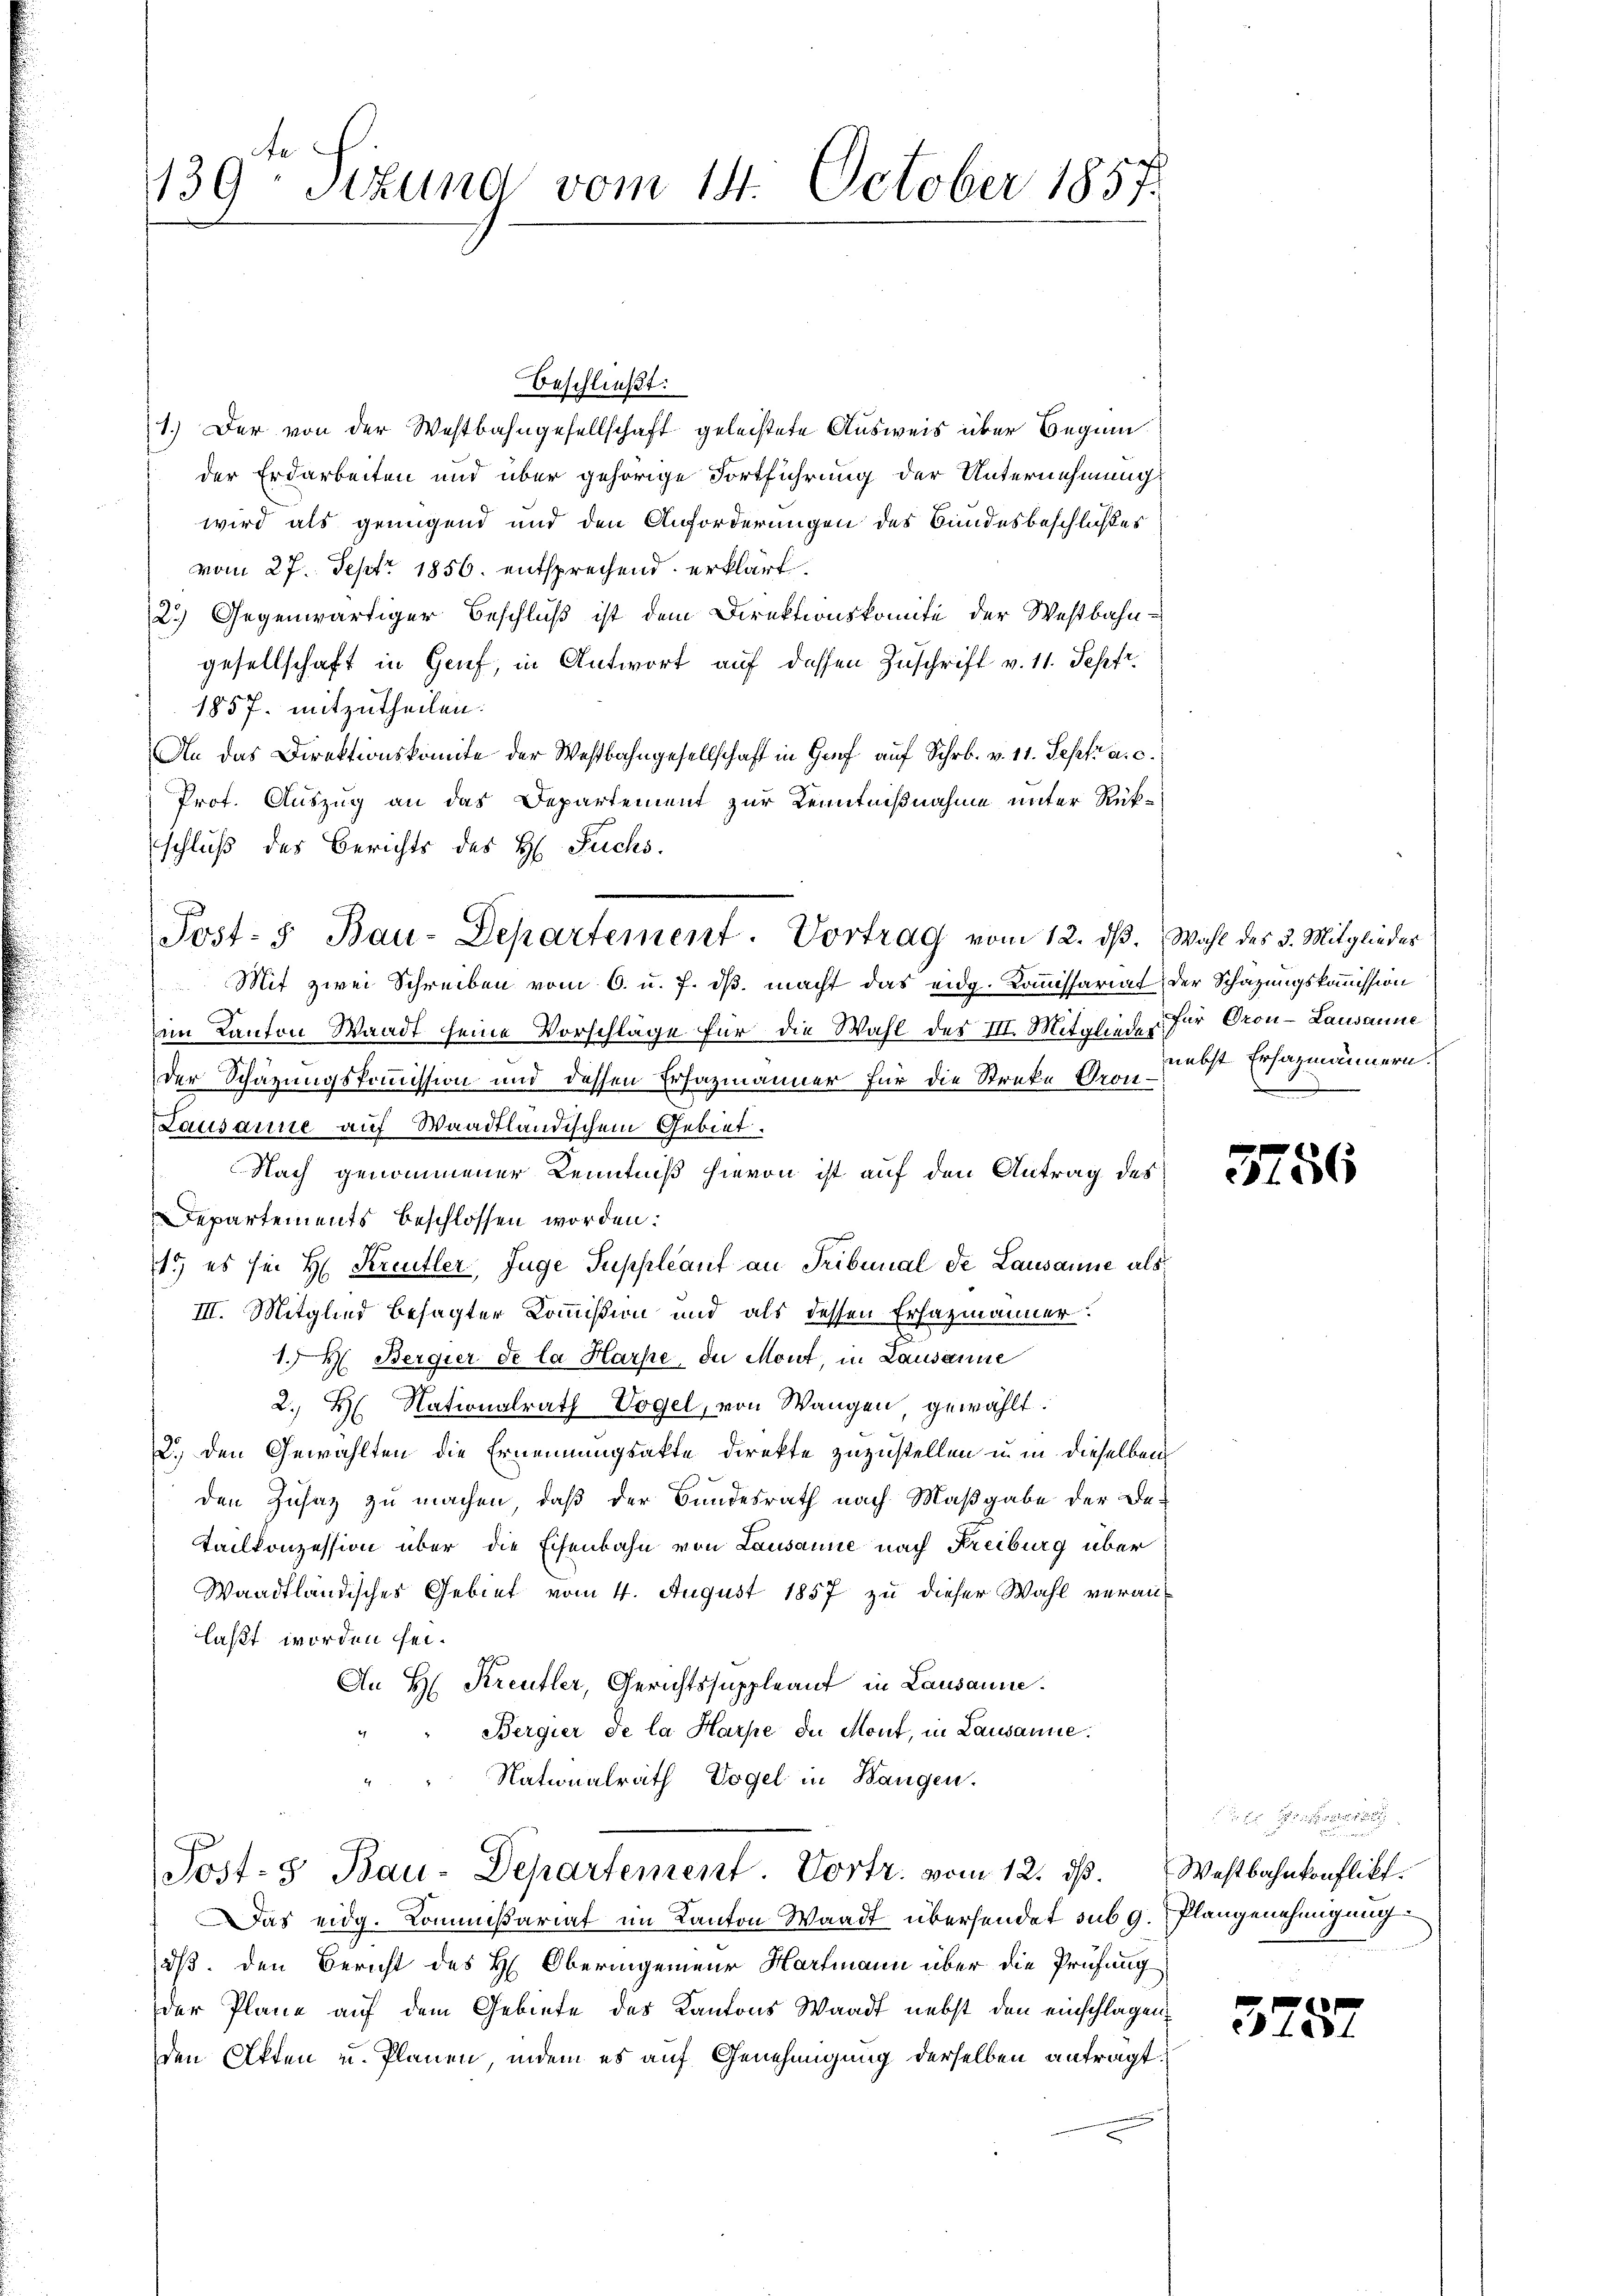
beschließt:
1.) Der von der Westbahngesellschaft geleistete Ausweis über Beginn
der Erdarbeiten und über gehörige Fortführung der Unternehmung
wird als genügend und den Anforderungen des Bundesbeschlußes
vom 27. Sept. 1856. entsprechend erklärt.
2.) Gegenwärtiger Beschluß ist dem Direktionskomite der Westbahngesellschaft in Genf, in Antwort auf dessen Zuschrift v. 11. Sepfr.
1857. mitzutheilen.
An das Direktionskomite der Westbahngesellschaft in Genf auf Schr. v. 11. Sept. a. c.
Prot. Auszug an das Departement zur Kenntnißnahme unter Rükschluß des Berichts des H. Fuchs.
Mit zwei Schreiben vom 6. u. f. ds. macht das eidg. Kommissariat der Schazungskommission
im Kanton Waadt seine Vorschläge für die Wahl des III. Mitglieder für Oron-Lausanne
der Schazungskommission und dessen Erfazmänner für die Streke Pron¬
Lausanne auf Waadtländischem Gebiet.
Nach genommener Kenntniß hievon ist auf den Antrag des
Departements beschlossen worden:
1.) es sei H. Kreutler, Juge Suppleant an Tribunal de Lausanne als
III. Mitglied besagter Kommißion und als dessen Erhazmänner.
1. Bergier de la Harpe der Mont, in Lausanne
2. H. Nationalrath Vogel, von Wangen, gewählt:
2.) den Gewählten die Ernennungsakte direkte zuzustellen u. in dieselben
den Zusatz zu machen, daß der Bundesrath nach Maßgabe der Be-
Tailkonzession über die Eisenbahn von Lausanne nach Freiburg über
Waadtländisches Gebiet vom 4. August 1857 zu dieser Wahl veranlaßt worden sei.
An H. Kreutler, Gerichtssuppleant in Lausanne.
Bergier de la Harpe de Mont, in Lausanne.
Nationalrath Vogel in Bangen.
Post-3 Bau-Departement. Vortr. vom 12. ds. Westbahnkonflikt.
Das eidg. Kommißariat im Kanton Waadt übersendet subg. Plangenehmigung
dß. den Bericht des H. Oberingenieur Hartmann über die Prüfung
der Plane auf dem Gebiete des Kantons Waadt nebst den einschlagen,
den Akten u. Planen, indem es auf Genehmigung derselben antragt.

139- Sizung vom 14. October 1857.

Post- 5. Bau-Departement. Vortrag vom 12. dβ. Wahl des 3. Mitglieder

nebst Ersazmännern.

3756

n

3787